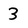
Character: 3